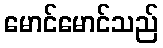
မောင်မောင်သည်